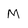
Character: M